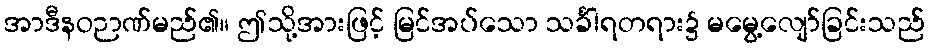
အာဒီနဝဉာဏ်မည်၏။ ဤသို့အားဖြင့် မြင်အပ်သော သင်္ခါရတရား၌ မမွေ့လျော်ခြင်းသည်